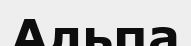
Альпа